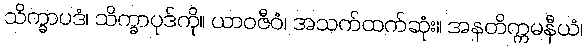
သိက္ခာပဒံ၊ သိက္ခာပုဒ်ကို။ ယာဝဇီဝံ၊ အသက်ထက်ဆုံး။ အနတိက္ကမနီယံ၊